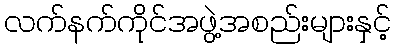
လက်နက်ကိုင်အဖွဲ့အစည်းများနှင့်